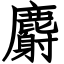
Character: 麝